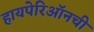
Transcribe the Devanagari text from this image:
हायपेरिऑनची